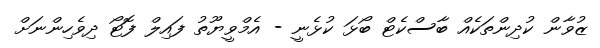
ޒުވާން ކުދިންތަކެއް ބާސްކެޓް ބޯޅަ ކުޅެނީ - އެމްވީޔޫތު ފައިލް ފޮޓޯ ދިވެހިންނަށް